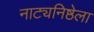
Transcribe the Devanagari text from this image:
नाट्यनिष्ठेला